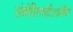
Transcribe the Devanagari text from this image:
संबंधितांचीआर्थिक